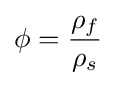
\phi ={\dfrac {\rho _{f}}{\rho _{s}}}